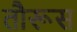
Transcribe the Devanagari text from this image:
तौरूस